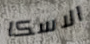
الاسكا